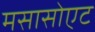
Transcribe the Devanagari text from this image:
मसासोएट